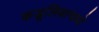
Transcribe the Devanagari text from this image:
कडूलिंबामध्ये